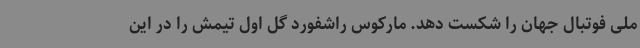
ملی فوتبال جهان را شکست دهد. مارکوس راشفورد گل اول تیمش را در این